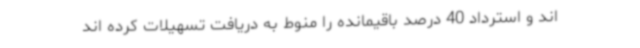
اند و استرداد 40 درصد باقیمانده را منوط به دریافت تسهیلات کرده اند